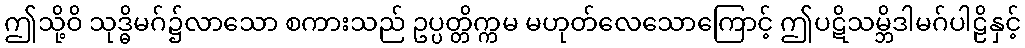
ဤသို့ဝိ သုဒ္ဓိမဂ်၌လာသော စကားသည် ဥပ္ပတ္တိက္ကမ မဟုတ်လေသောကြောင့် ဤပဋိသမ္ဘိဒါမဂ်ပါဠိနှင့်